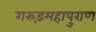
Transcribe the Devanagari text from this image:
गरुड़महापुराण